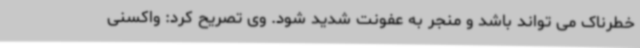
خطرناک می تواند باشد و منجر به عفونت شدید شود. وی تصریح کرد: واکسنی